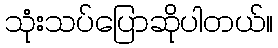
သုံးသပ်ပြောဆိုပါတယ်။